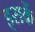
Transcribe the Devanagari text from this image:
इसकें